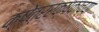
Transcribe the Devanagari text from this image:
क्षेत्ररक्षकाच्या